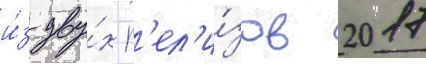
и́з дву́х р'ел'и́зов 2017